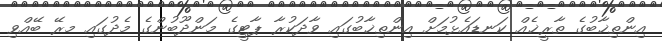
އިންތިޚާބުގެ ތާރީޚެއް ކަނޑައެޅުމަށް އިންތިޚާބުގައި ވާދަކުރާ ޕާޓީގެ މަންދޫބުންގެ މެދުގައި މރޭ ބޭއްވި